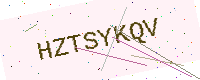
Text: HZTSYKQV